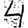
Digit: 4